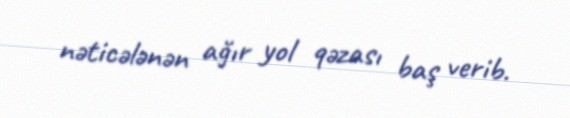
nəticələnən ağır yol qəzası baş verib.